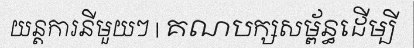
យន្តការនីមួយៗ | គណបក្សសម្ព័ន្ធដើម្បី